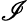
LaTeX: \mathscr{I}